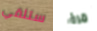
ستلقي مرة